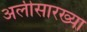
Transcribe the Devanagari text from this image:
अलीसारख्या